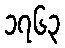
၁၇၆၃